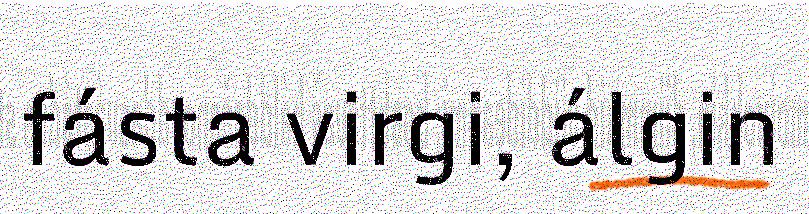
fásta virgi, álgin